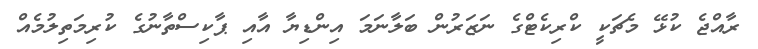
ރާއްޖެ ކުޅޭ މެޗަކީ ކްރިކެޓްގެ ނަޒަރުން ބަލާނަމަ އިންޑިޔާ އާއި ޕާކިސްތާނުގެ ކުރިމަތިލުމެއް